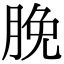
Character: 脕